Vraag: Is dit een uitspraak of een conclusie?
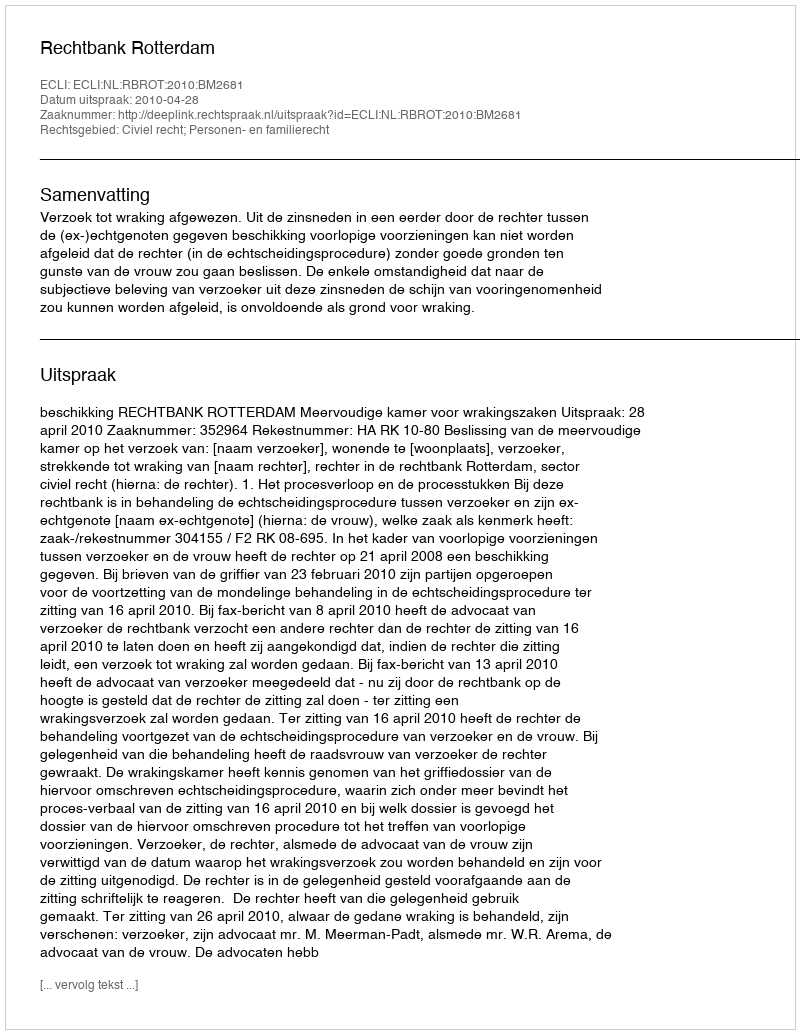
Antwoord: Uitspraak